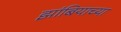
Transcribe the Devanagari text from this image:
झांबियाच्या